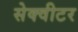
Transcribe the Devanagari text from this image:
सेक्वीटर